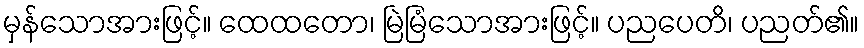
မှန်သောအားဖြင့်။ ထေထတော၊ မြဲမြံသောအားဖြင့်။ ပညပေတိ၊ ပညတ်၏။